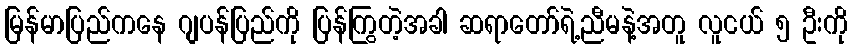
မြန်မာပြည်ကနေ ဂျပန်ပြည်ကို ပြန်ကြွတဲ့အခါ ဆရာတော်ရဲ့ညီမနဲ့အတူ လူငယ် ၅ ဦးကို